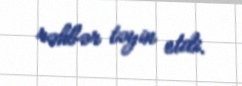
rəhbər təyin etdi.